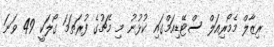
ރިޒާލް މެމޯރިއަލް ސްޓޭޑިއަމްގައި ކުޅުނު މި މެޗުގެ ފުރަތަމަ ގޯލަކީ 49 ވަނަ